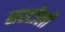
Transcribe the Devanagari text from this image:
सरटोली